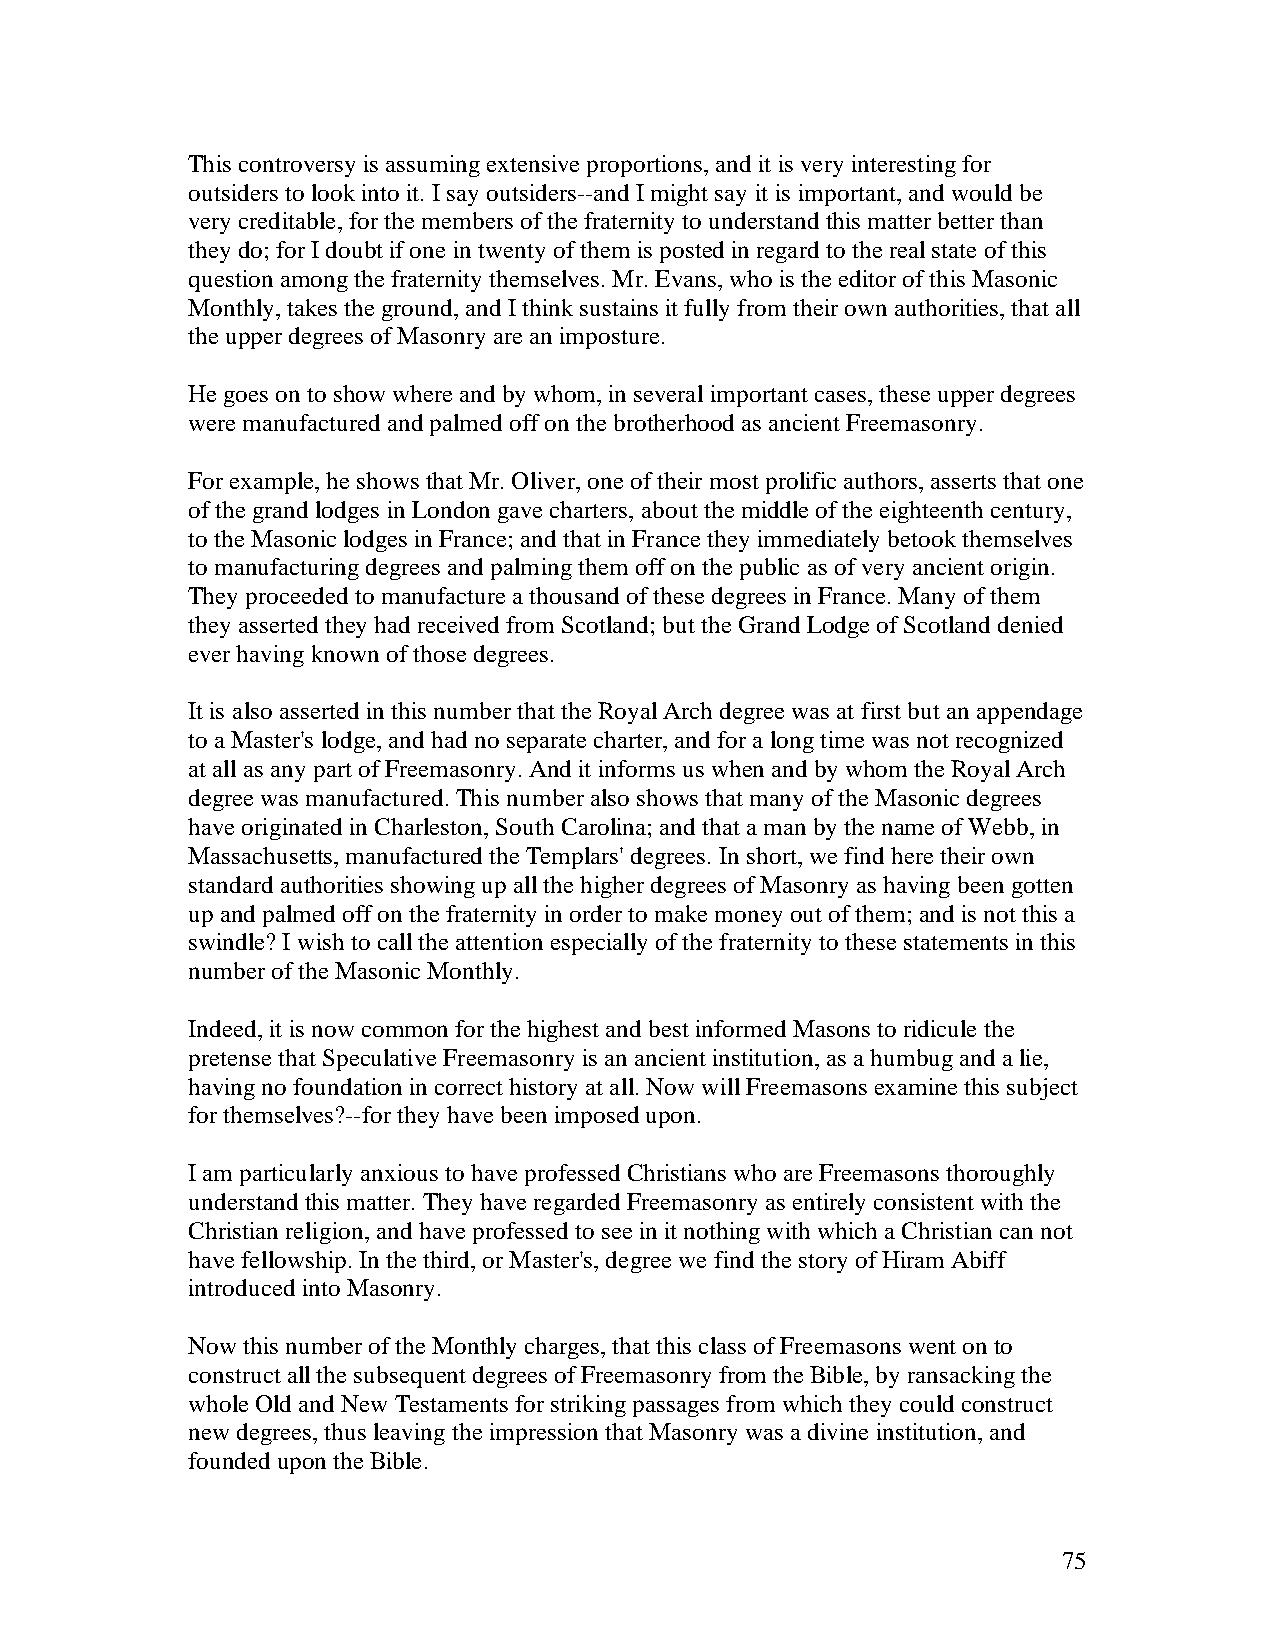
This controversy is assuming extensive proportions, and it is very interesting for
 outsiders to look into it. I say outsiders--and I might say it is important, and would be
 very creditable, for the members of the fraternity to understand this matter better than
 they do; for I doubt if one in twenty of them is posted in regard to the real state of this
 question among the fraternity themselves. Mr. Evans, who is the editor of this Masonic
 Monthly, takes the ground, and I think sustains it fully from their own authorities, that all
 the upper degrees of Masonry are an imposture.
 He goes on to show where and by whom, in several important cases, these upper degrees
 were manufactured and palmed off on the brotherhood as ancient Freemasonry.
 For example, he shows that Mr. Oliver, one of their most prolific authors, asserts that one
 of the grand lodges in London gave charters, about the middle of the eighteenth century,
 to the Masonic lodges in France; and that in France they immediately betook themselves
 to manufacturing degrees and palming them off on the public as of very ancient origin.
 They proceeded to manufacture a thousand of these degrees in France. Many of them
 they asserted they had received from Scotland; but the Grand Lodge of Scotland denied
 ever having known of those degrees.
 It is also asserted in this number that the Royal Arch degree was at first but an appendage
 to a Master's lodge, and had no separate charter, and for a long time was not recognized
 at all as any part of Freemasonry. And it informs us when and by whom the Royal Arch
 degree was manufactured. This number also shows that many of the Masonic degrees
 have originated in Charleston, South Carolina; and that a man by the name of Webb, in
 Massachusetts, manufactured the Templars' degrees. In short, we find here their own
 standard authorities showing up all the higher degrees of Masonry as having been gotten
 up and palmed off on the fraternity in order to make money out of them; and is not this a
 swindle? I wish to call the attention especially of the fraternity to these statements in this
 number of the Masonic Monthly.
 Indeed, it is now common for the highest and best informed Masons to ridicule the
 pretense that Speculative Freemasonry is an ancient institution, as a humbug and a lie,
 having no foundation in correct history at all. Now will Freemasons examine this subject
 for themselves?--for they have been imposed upon.
 I am particularly anxious to have professed Christians who are Freemasons thoroughly
 understand this matter. They have regarded Freemasonry as entirely consistent with the
 Christian religion, and have professed to see in it nothing with which a Christian can not
 have fellowship. In the third, or Master's, degree we find the story of Hiram Abiff
 introduced into Masonry.
 Now this number of the Monthly charges, that this class of Freemasons went on to
 construct all the subsequent degrees of Freemasonry from the Bible, by ransacking the
 whole Old and New Testaments for striking passages from which they could construct
 new degrees, thus leaving the impression that Masonry was a divine institution, and
 founded upon the Bible.
 75